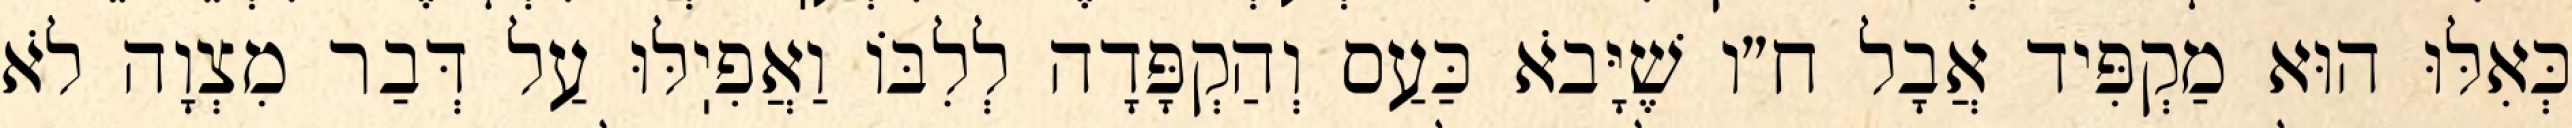
כְּאִלּוּ הוּא מַקְפִּיד אֲבָל ח״ו שֶׁיָּבֹא כַּעַס וְהַקְפָּדָה לְלִבּוֹ וַאֲפִיֽלּוּ עַל דְּבַר מִצְוָה לֹא